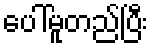
ပေါ်မူတည်ပြီး